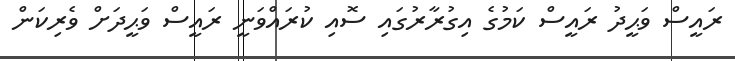
ރައީސް ވަޙީދު ރައީސް ކަމުގެ އިގުރާރުގައި ސޮއި ކުރައްވަނީ ރައީސް ވަޙީދަށް ވެރިކަން